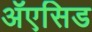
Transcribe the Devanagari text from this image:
ॲएसिड